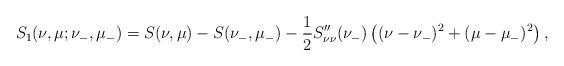
LaTeX: \begin{align*}S_1(\nu,\mu;\nu_-,\mu_-)=S(\nu,\mu)-S(\nu_-,\mu_-)-\frac{1}{2}S_{\nu\nu}''(\nu_-)\left((\nu-\nu_-)^2+(\mu-\mu_-)^2\right),\end{align*}